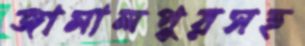
জামালপুরসহ